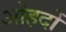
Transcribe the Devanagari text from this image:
अोहदों